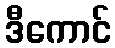
ဒီကောင်